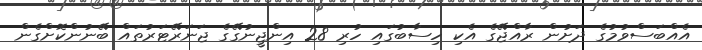
އެއްބަސްވުމުގެ ދަށުން ރާއްޖޭގެ އެކި ހިސާބުގައި ހުރި 28 އިންޖީނުގޭގެ ޖަނަރޭޓަރުތައް ބޭނުންކޮށްގެން